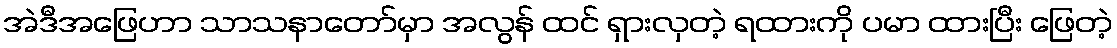
အဲဒီအဖြေဟာ သာသနာတော်မှာ အလွန် ထင် ရှားလှတဲ့ ရထားကို ပမာ ထားပြီး ဖြေတဲ့